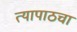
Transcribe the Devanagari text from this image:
त्यापाठचा